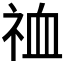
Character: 𫀉